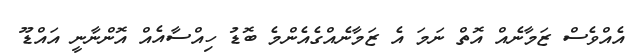
އެއްވެސް ޒަމާނެއް އޮތް ނަމަ އެ ޒަމާނެއްގެއެންމެ ބޮޑު ހިއްސާއެއް އޮންނާނީ އައްޑޫ